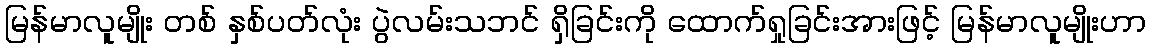
မြန်မာလူမျိုး တစ် နှစ်ပတ်လုံး ပွဲလမ်းသဘင် ရှိခြင်းကို ထောက်ရှုခြင်းအားဖြင့် မြန်မာလူမျိုးဟာ